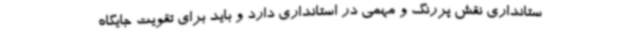
ستانداری نقش پررنگ و مهمی در استانداری دارد و باید برای تقویت جایگاه